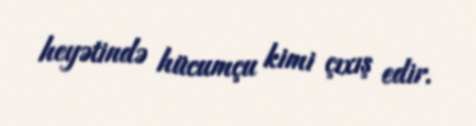
heyətində hücumçu kimi çıxış edir.